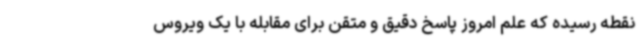
نقطه رسیده که علم امروز پاسخ دقیق و متقن برای مقابله با یک ویروس